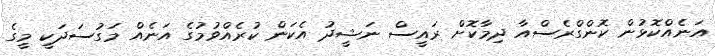
އަނެއްކޮޅުން ކޮންގްރެސްއާ ދިމާކޮށް ރައީސް ނަޝީދު އެކަން ކުރެއްވުމުގެ އަނެއް މަގުސަދަކީ މީގެ